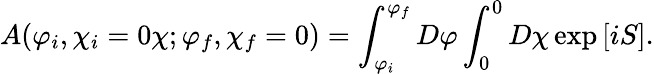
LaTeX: A(\varphi_{i},\chi_{i}=0\chi;\varphi_{f},\chi_{f}=0)=\int_{\varphi_{i}}^{\varphi_{f}}D\varphi\int_{0}^{0}D\chi\exp\left[iS\right].